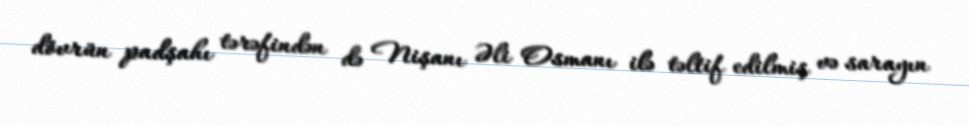
dövrün padşahı tərəfindən də Nişanı Əli Osmanı ilə təltif edilmiş və sarayın